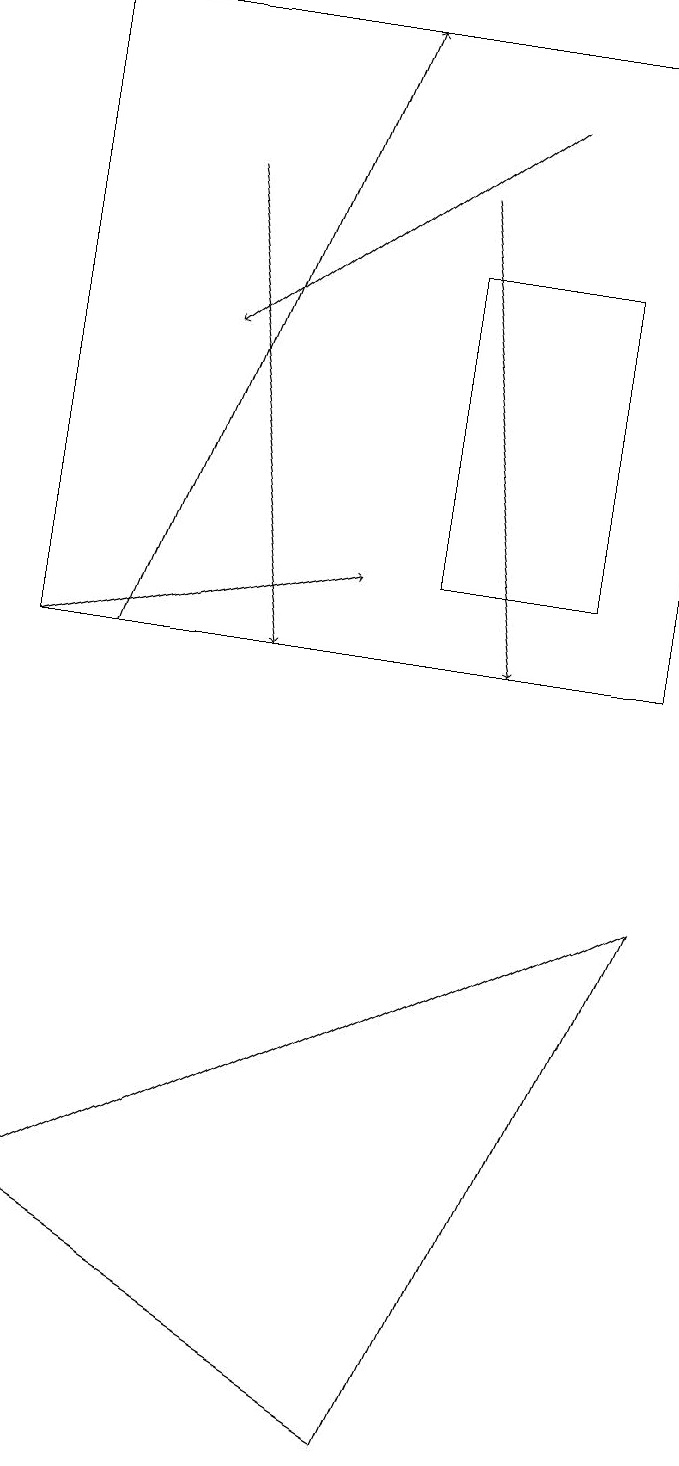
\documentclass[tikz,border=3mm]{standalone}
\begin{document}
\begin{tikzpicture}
\draw[->] (1,11) -- (5,12);
\draw (9,19) rectangle (1,11);
\draw[->] (3,17) -- (4,11);
\draw (9,8) -- (6,1) -- (1,4) -- cycle;
\draw (8,12) rectangle (6,16);
\draw[->] (7,18) -- (3,15);
\draw[->] (6,17) -- (7,11);
\draw[->] (2,11) -- (5,19);
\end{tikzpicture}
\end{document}